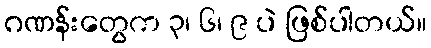
ဂဏန်းတွေက ၃၊ ၆၊ ၉ ပဲ ဖြစ်ပါတယ်။